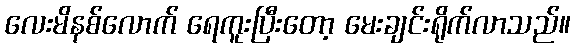
လေးမိနစ်လောက် ရေကူးပြီးတော့ မေးချင်းရိုက်လာသည်။